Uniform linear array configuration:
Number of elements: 64
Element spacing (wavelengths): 0.75
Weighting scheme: binomial
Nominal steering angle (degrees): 15
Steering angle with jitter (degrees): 15.084
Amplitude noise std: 0.05
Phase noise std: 0.05

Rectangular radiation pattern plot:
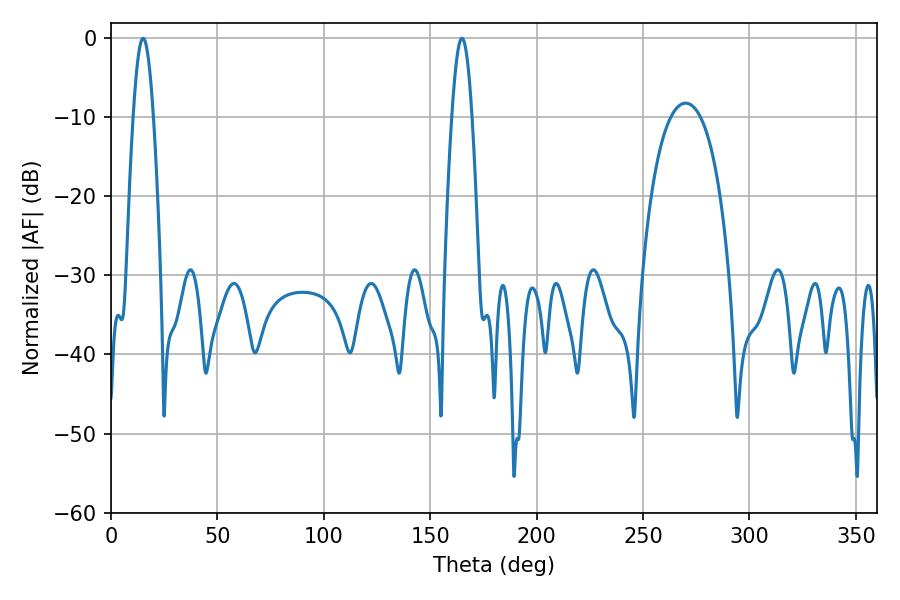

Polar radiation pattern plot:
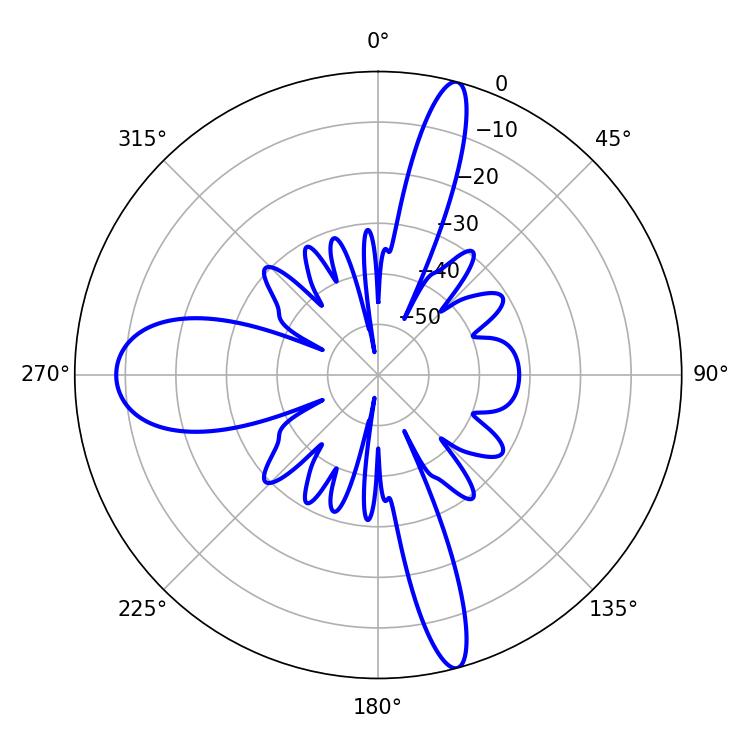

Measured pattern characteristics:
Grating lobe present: TRUE
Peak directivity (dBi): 28.157
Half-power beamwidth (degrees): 5.04
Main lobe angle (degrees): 15.12